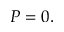
P = 0 .